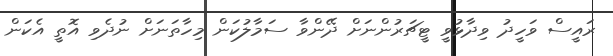
ރައީސް ވަހީދު ވިދާޅުވީ ޓީޗަރުންނަށް ދޭންވާ ސަމާލުކަން މިހާތަނަށް ނުދެވި އޮތީ އެކަން